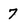
Character: 7